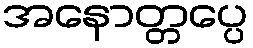
အနောတ္တပ္ပေ